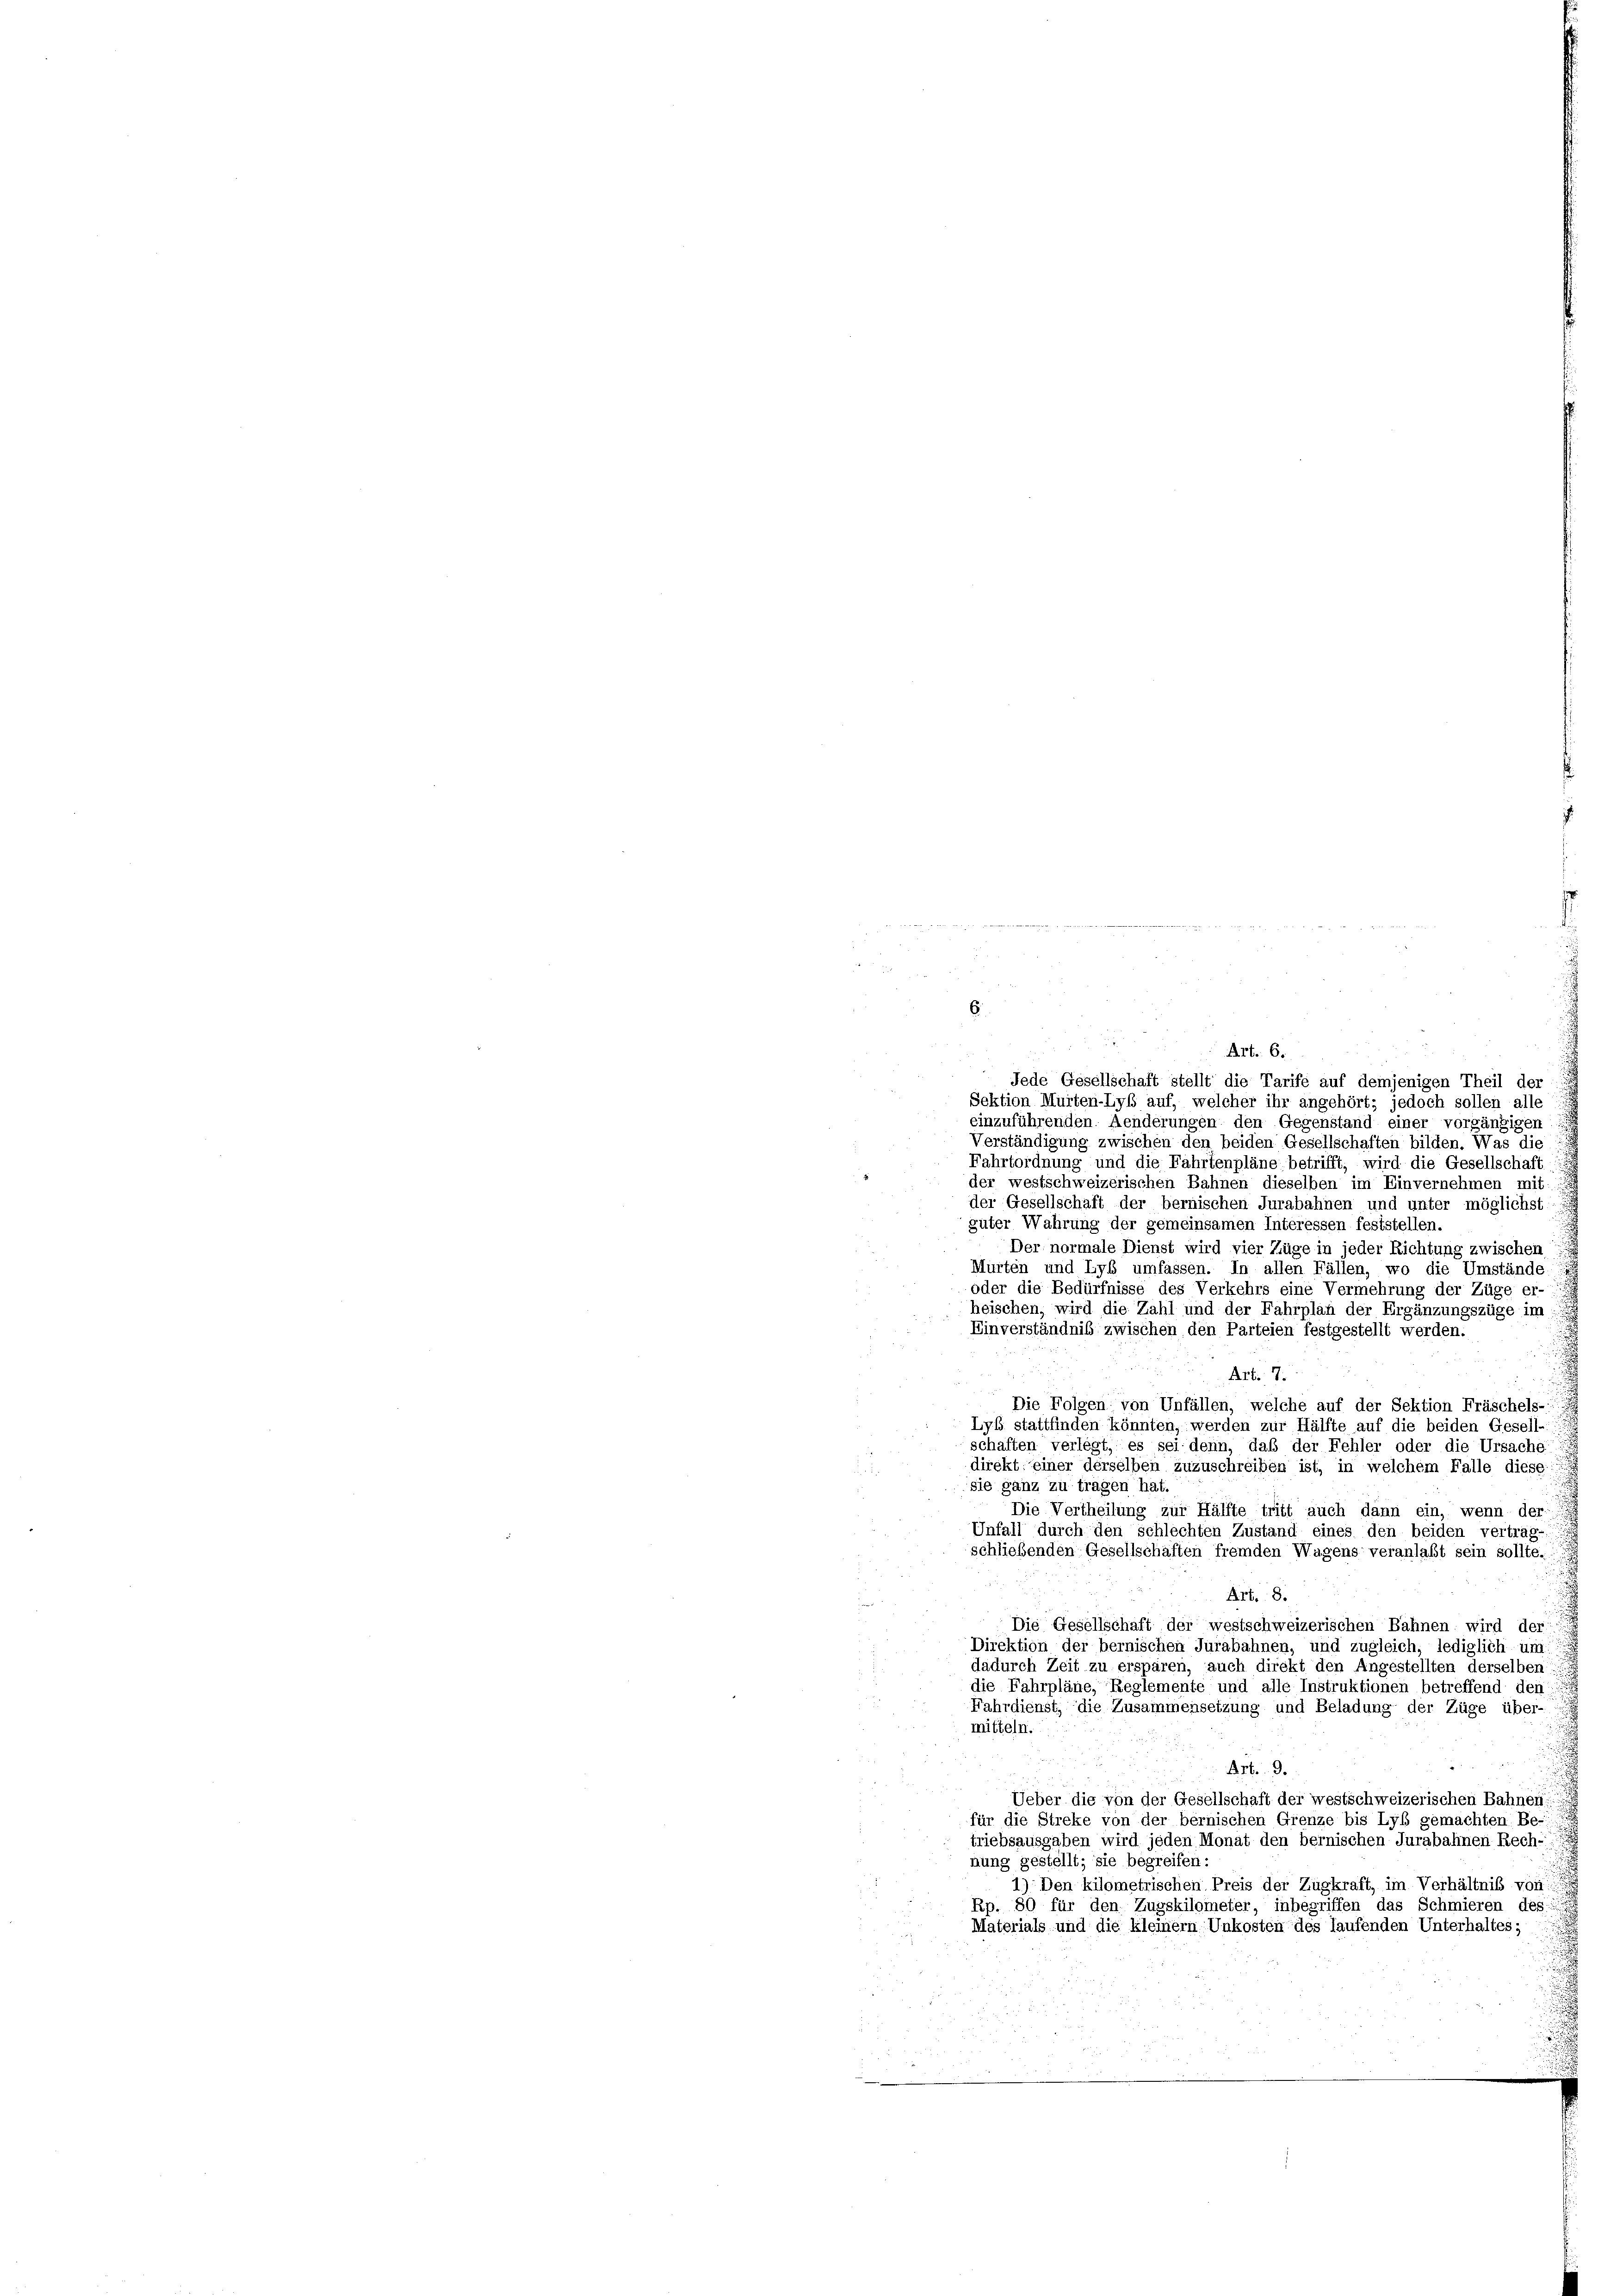
6
Art. 6.
Jede Gesellschaft stellt die Tarife auf demjenigen Theil der
Sektion Murten-Lyb auf, welcher ihr angehört; jedoch sollen alle
einzuführenden Aenderungen den Gegenstand einer vorgängigen
Verständigung zwischen den beiden Gesellschaften bilden. Was die
Fahrtordnung und die Fahrtenpläne betrifft, wird die Gesellschaft
der westschweizerischen Bahnen dieselben im Einvernehmen mit:
der Gesellschaft der bernischen Jurabahnen und unter möglichst
güter Wahrung der gemeinsamen Interessen feststellen.
Der normale Dienst wird vier Züge in jeder Richtung zwischen
Murten und Lyb umfassen. In allen Fällen, wo die Umstände
oder die Bedürfnisse des Verkehrs eine Vermehrung der Züge er-
heischen, wird die Zahl und der Fahrplan der Ergänzungszüge im
Einverständnis zwischen den Parteien festgestellt werden.
Art. 7.
Die Folgen von Unfällen, welche auf der Sektion Fräschels-
Lyß stattfinden könnten, werden zur Hälfte auf die beiden Gesell-
schaften verlegt, es sei denn, daß der Fehler oder die Ursache
direkt einer derselben zuzuschreiben ist, in welchem Falle diese
sie ganz zu tragen hat.
Die Vertheilung zur Hälfte tritt auch dann ein, wenn der
Unfall durch den schlechten Zustand eines den beiden vertrag-
schließenden Gesellschaften fremden Wagens veranlaßt sein sollte.
Art. 8.
n
Die Gesellschaft der westschweizerischen Bahnen wird der-
Direktion der bernischen Jurabahnen, und zugleich, lediglich um
dadurch Zeit zu ersparen, auch direkt den Angestellten derselben
die Fahrpläne, Reglemente und alle Instruktionen betreffend den
Fahrdienst, die Zusammensetzung und Beladung der Züge über-
mitteln.
Art. 9.
Ueber die von der Gesellschaft der westschweizerischen Bahnen
für die Streke von der bernischen Grenze bis Lyb gemachten Be-
triebsausgaben wird jeden Monat den bernischen Jurabahnen Rech-
nung gestellt; sie begreifen:
1) Den kilometrischen Preis der Zugkraft, im Verhältnis von
Rp. 80 für den Zugskilometer, inbegriffen das Schmieren des
Materials und die kleiner Unkosten des laufenden Unterhaltes;